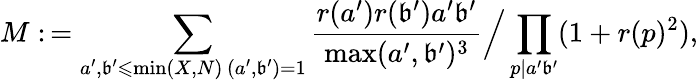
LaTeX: M:\, =\sum_{\substack{a^{\prime},\mathfrak{b}^{\prime}\leqslant\operatorname*{min}(X,N)\, (a^{\prime},\mathfrak{b}^{\prime})=1}}\frac{{r(a^{\prime})r(\mathfrak{b}^{\prime})a^{\prime}\mathfrak{b}^{\prime}}}{{\operatorname*{max}(a^{\prime},\mathfrak{b}^{\prime})^{3}}}\Big/\prod_{p|a^{\prime}\mathfrak{b}^{\prime}}(1+r(p)^{2}),